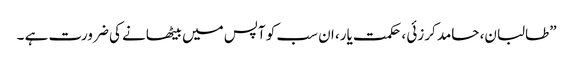
”طالبان، حامد کرزئی ، حکمت یار، ان سب کو آپس میں بیٹھانے کی ضرورت ہے ۔